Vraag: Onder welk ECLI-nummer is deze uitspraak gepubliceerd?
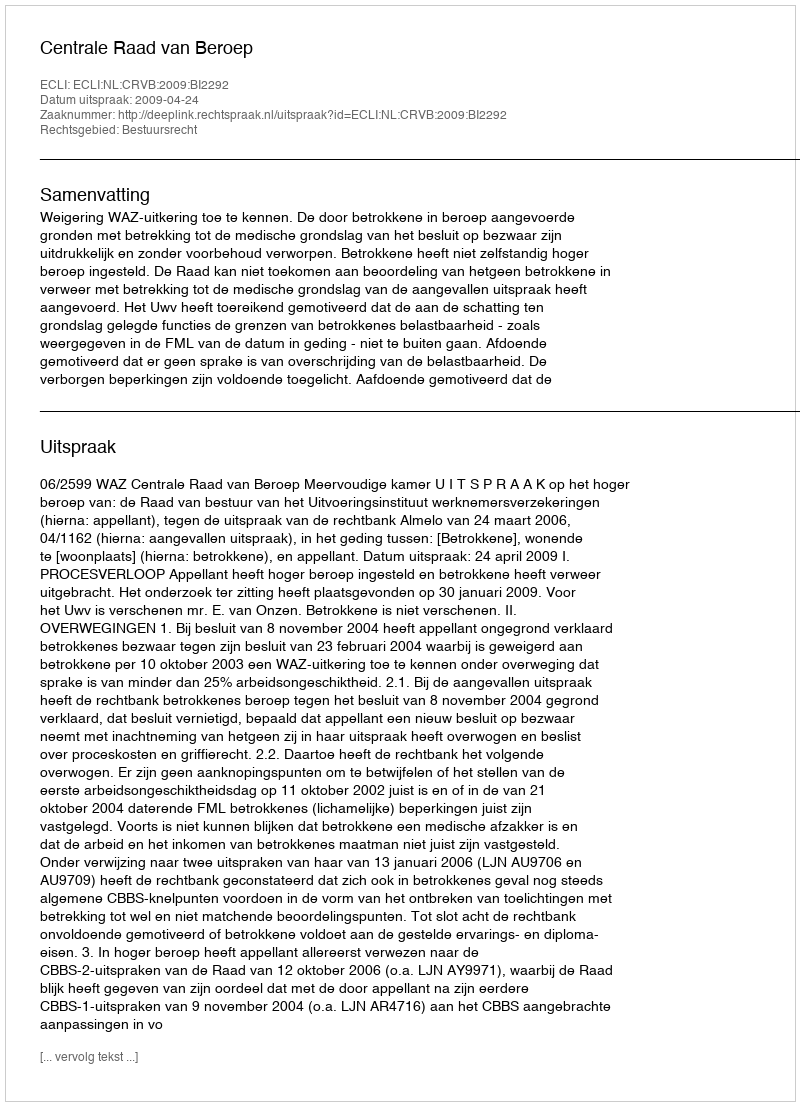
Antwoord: ECLI:NL:CRVB:2009:BI2292